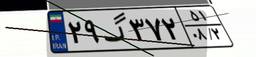
۲۹گ۳۷۲۵۱